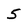
Character: 5